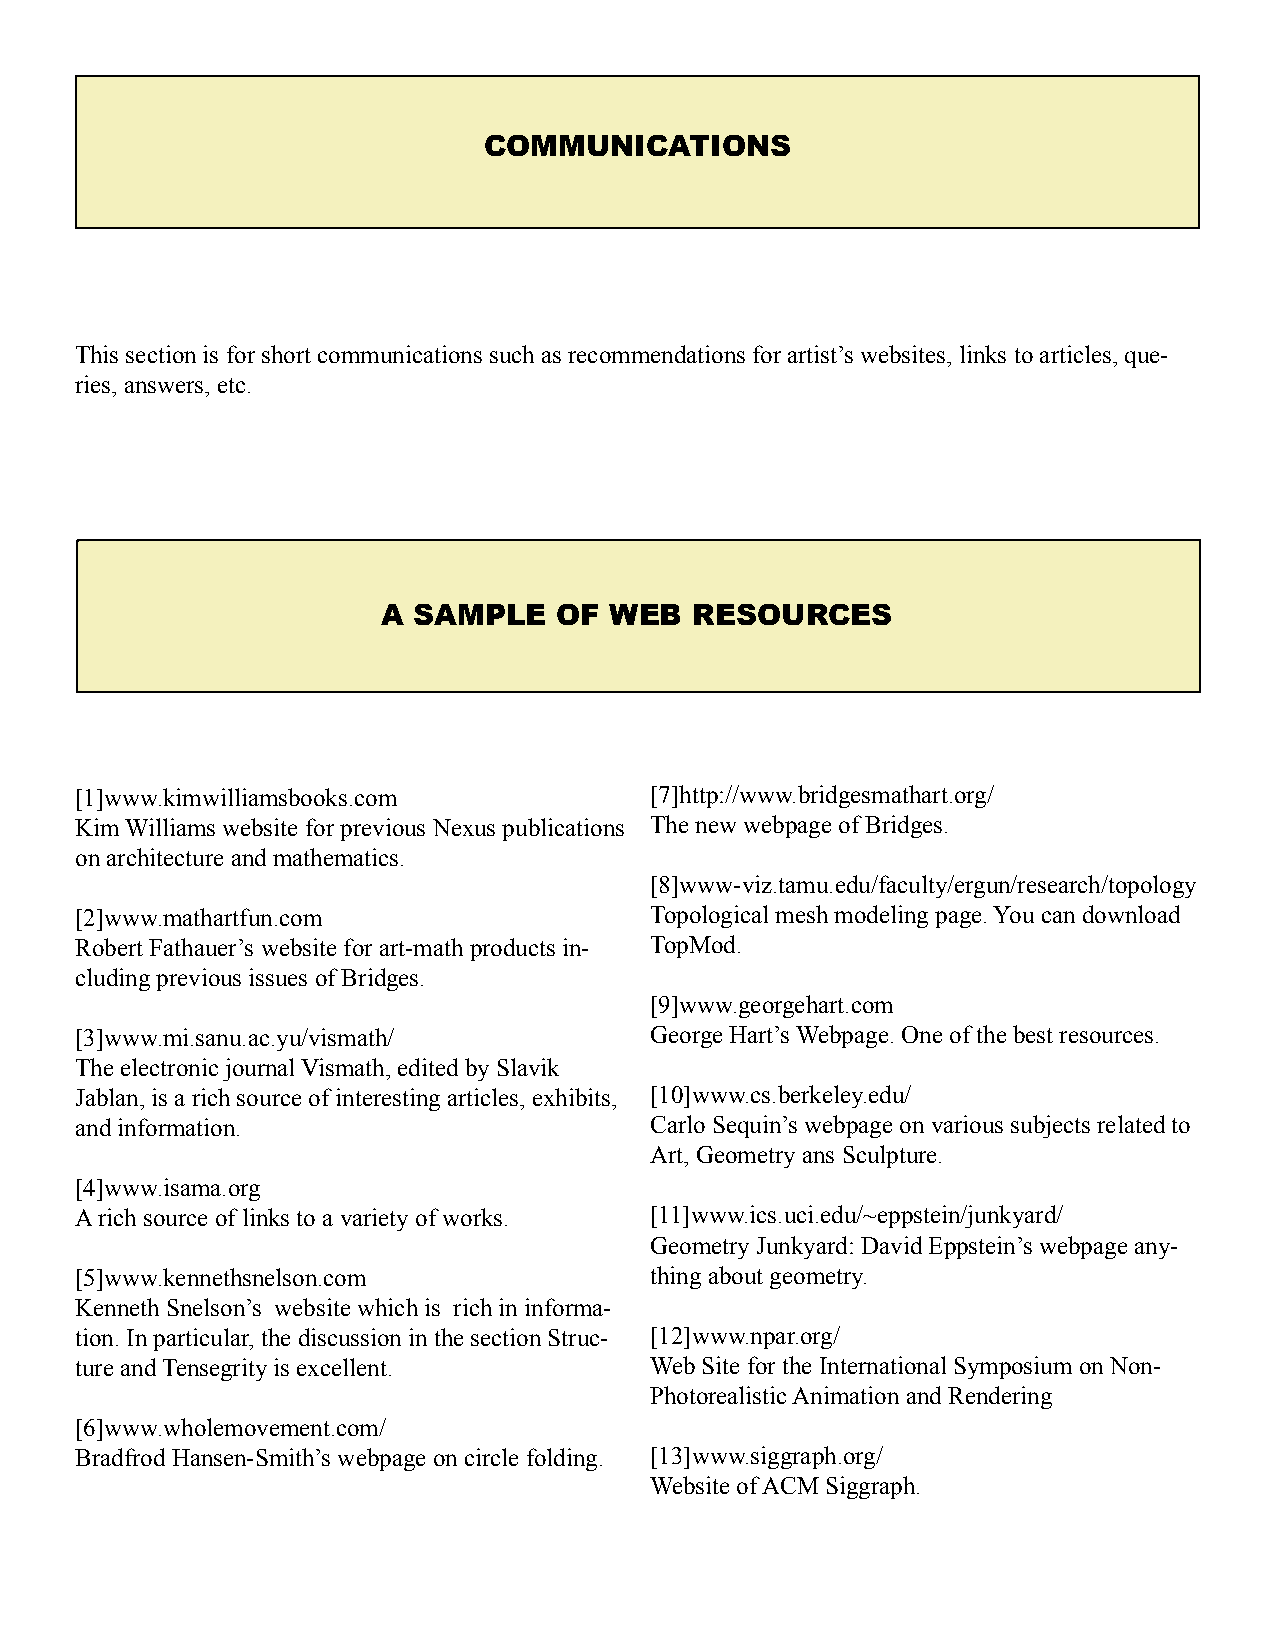
cOMMUNIcATIONS
 This section is for short communications such as recommendations for artist’s websites, links to articles, que-
 ries, answers, etc.
 A SAMPLE    OF wEB   RESOURcES
 [1]www.kimwilliamsbooks.com           [7]http://www.bridgesmathart.org/
 Kim Williams website for previous Nexus publications The new webpage of Bridges.
 on architecture and mathematics.
 [8]www-viz.tamu.edu/faculty/ergun/research/topology
 [2]www.mathartfun.com                 Topological mesh modeling page. You can download
 Robert Fathauer’s website for art-math products in- TopMod.
 cluding previous issues of Bridges.
 [9]www.georgehart.com
 [3]www.mi.sanu.ac.yu/vismath/         George Hart’s Webpage. One of the best resources.
 The electronic journal Vismath, edited by Slavik
 Jablan, is a rich source of interesting articles, exhibits, [10]www.cs.berkeley.edu/
 and information.                      Carlo Sequin’s webpage on various subjects related to
 Art, Geometry ans Sculpture.
 [4]www.isama.org
 A rich source of links to a variety of works. [11]www.ics.uci.edu/~eppstein/junkyard/
 Geometry Junkyard: David Eppstein’s webpage any-
 [5]www.kennethsnelson.com             thing about geometry.
 Kenneth Snelson’s website which is rich in informa-
 tion. In particular, the discussion in the section Struc- [12]www.npar.org/
 ture and Tensegrity is excellent.     Web Site for the International Symposium on Non-
 Photorealistic Animation and Rendering
 [6]www.wholemovement.com/
 Bradfrod Hansen-Smith’s webpage on circle folding. [13]www.siggraph.org/
 Website of ACM Siggraph.